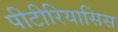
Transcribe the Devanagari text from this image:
पीटीरियासिस